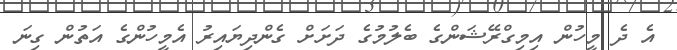
އެ ދެ މީހުން އިމިގްރޭޝަންގެ ބެލުމުގެ ދަށަށް ގެންދިޔައިރު އެމީހުންގެ އަތުން ގިނަ